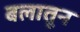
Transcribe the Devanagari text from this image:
बलातून